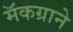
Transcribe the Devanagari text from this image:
मॅकग्राने